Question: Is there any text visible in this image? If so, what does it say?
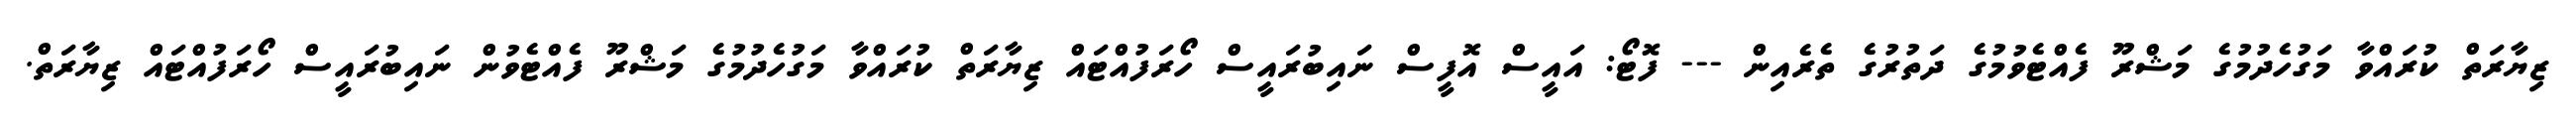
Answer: ޒިޔާރަތް ކުރައްވާ މަގުހެދުމުގެ މަޝްރޫ ފެއްޓެވުމުގެ ދަތުރުގެ ތެރެއިން --- ފޮޓޯ: އައީސް އޮފީސް ނައިބުރައީސް ހޯރަފުއްޓައް ޒިޔާރަތް ކުރައްވާ މަގުހެދުމުގެ މަޝްރޫ ފެއްޓެވުން ނައިބުރައީސް ހޯރަފުއްޓައް ޒިޔާރަތް.